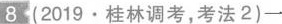
8 (2019\cdot桂林调考，考法2)一